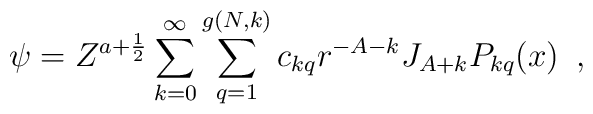
\psi = Z^{a+\frac {1}{2}} \sum_{k=0}^{\infty} \sum_{q=1}^{g(N,k)} c_{kq} r^{- A - k} J_{A + k} P_{k q}(x)\,\,\,,